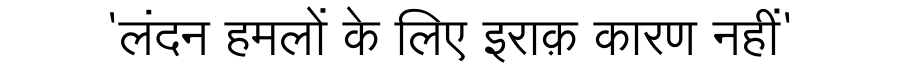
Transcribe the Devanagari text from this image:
'लंदन हमलों के लिए इराक़ कारण नहीं'